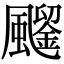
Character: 𩙗